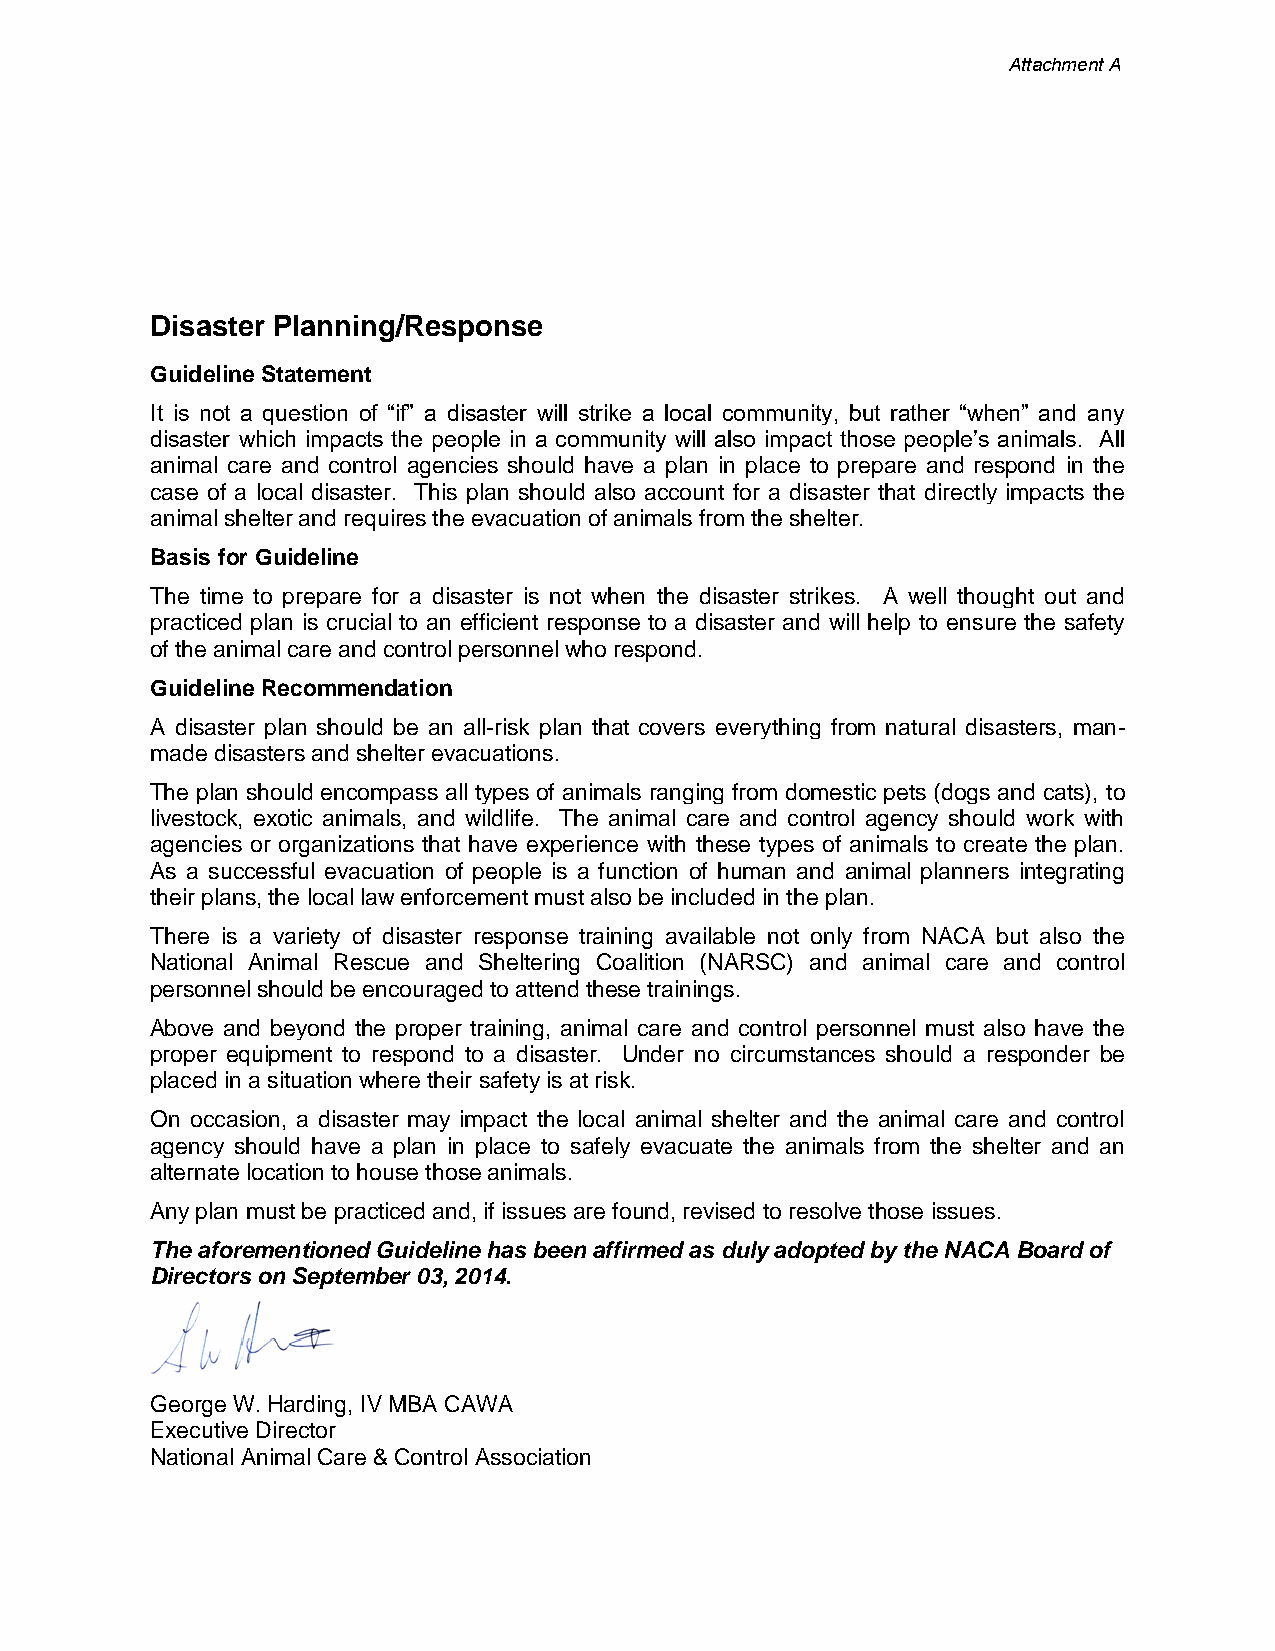
Attachment A
 Disaster Planning/Response
 Guideline Statement
 It is not a question of “if” a disaster will strike a local community, but rather “when” and any
 disaster which impacts the people in a community will also impact those people’s animals. All
 animal care and control agencies should have a plan in place to prepare and respond in the
 case of a local disaster. This plan should also account for a disaster that directly impacts the
 animal shelter and requires the evacuation of animals from the shelter.
 Basis for Guideline
 The time to prepare for a disaster is not when the disaster strikes. A well thought out and
 practiced plan is crucial to an efficient response to a disaster and will help to ensure the safety
 of the animal care and control personnel who respond.
 Guideline Recommendation
 A disaster plan should be an all-risk plan that covers everything from natural disasters, man-
 made disasters and shelter evacuations.
 The plan should encompass all types of animals ranging from domestic pets (dogs and cats), to
 livestock, exotic animals, and wildlife. The animal care and control agency should work with
 agencies or organizations that have experience with these types of animals to create the plan.
 As a successful evacuation of people is a function of human and animal planners integrating
 their plans, the local law enforcement must also be included in the plan.
 There is a variety of disaster response training available not only from NACA but also the
 National Animal Rescue and Sheltering Coalition (NARSC) and animal care and control
 personnel should be encouraged to attend these trainings.
 Above and beyond the proper training, animal care and control personnel must also have the
 proper equipment to respond to a disaster. Under no circumstances should a responder be
 placed in a situation where their safety is at risk.
 On occasion, a disaster may impact the local animal shelter and the animal care and control
 agency should have a plan in place to safely evacuate the animals from the shelter and an
 alternate location to house those animals.
 Any plan must be practiced and, if issues are found, revised to resolve those issues.
 The aforementioned Guideline has been affirmed as duly adopted by the NACA Board of
 Directors on September 03, 2014.
 George W. Harding, IV MBA CAWA
 Executive Director
 National Animal Care & Control Association